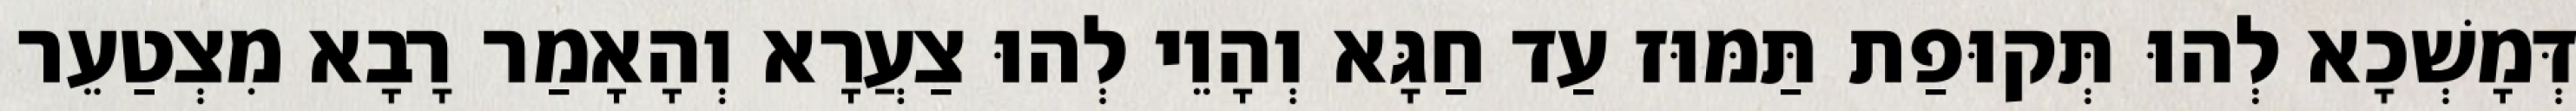
דְּמָשְׁכָא לְהוּ תְּקוּפַת תַּמּוּז עַד חַגָּא וְהָוֵי לְהוּ צַעֲרָא וְהָאָמַר רָבָא מִצְטַעֵר